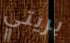
بريتي